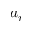
a _ { r }